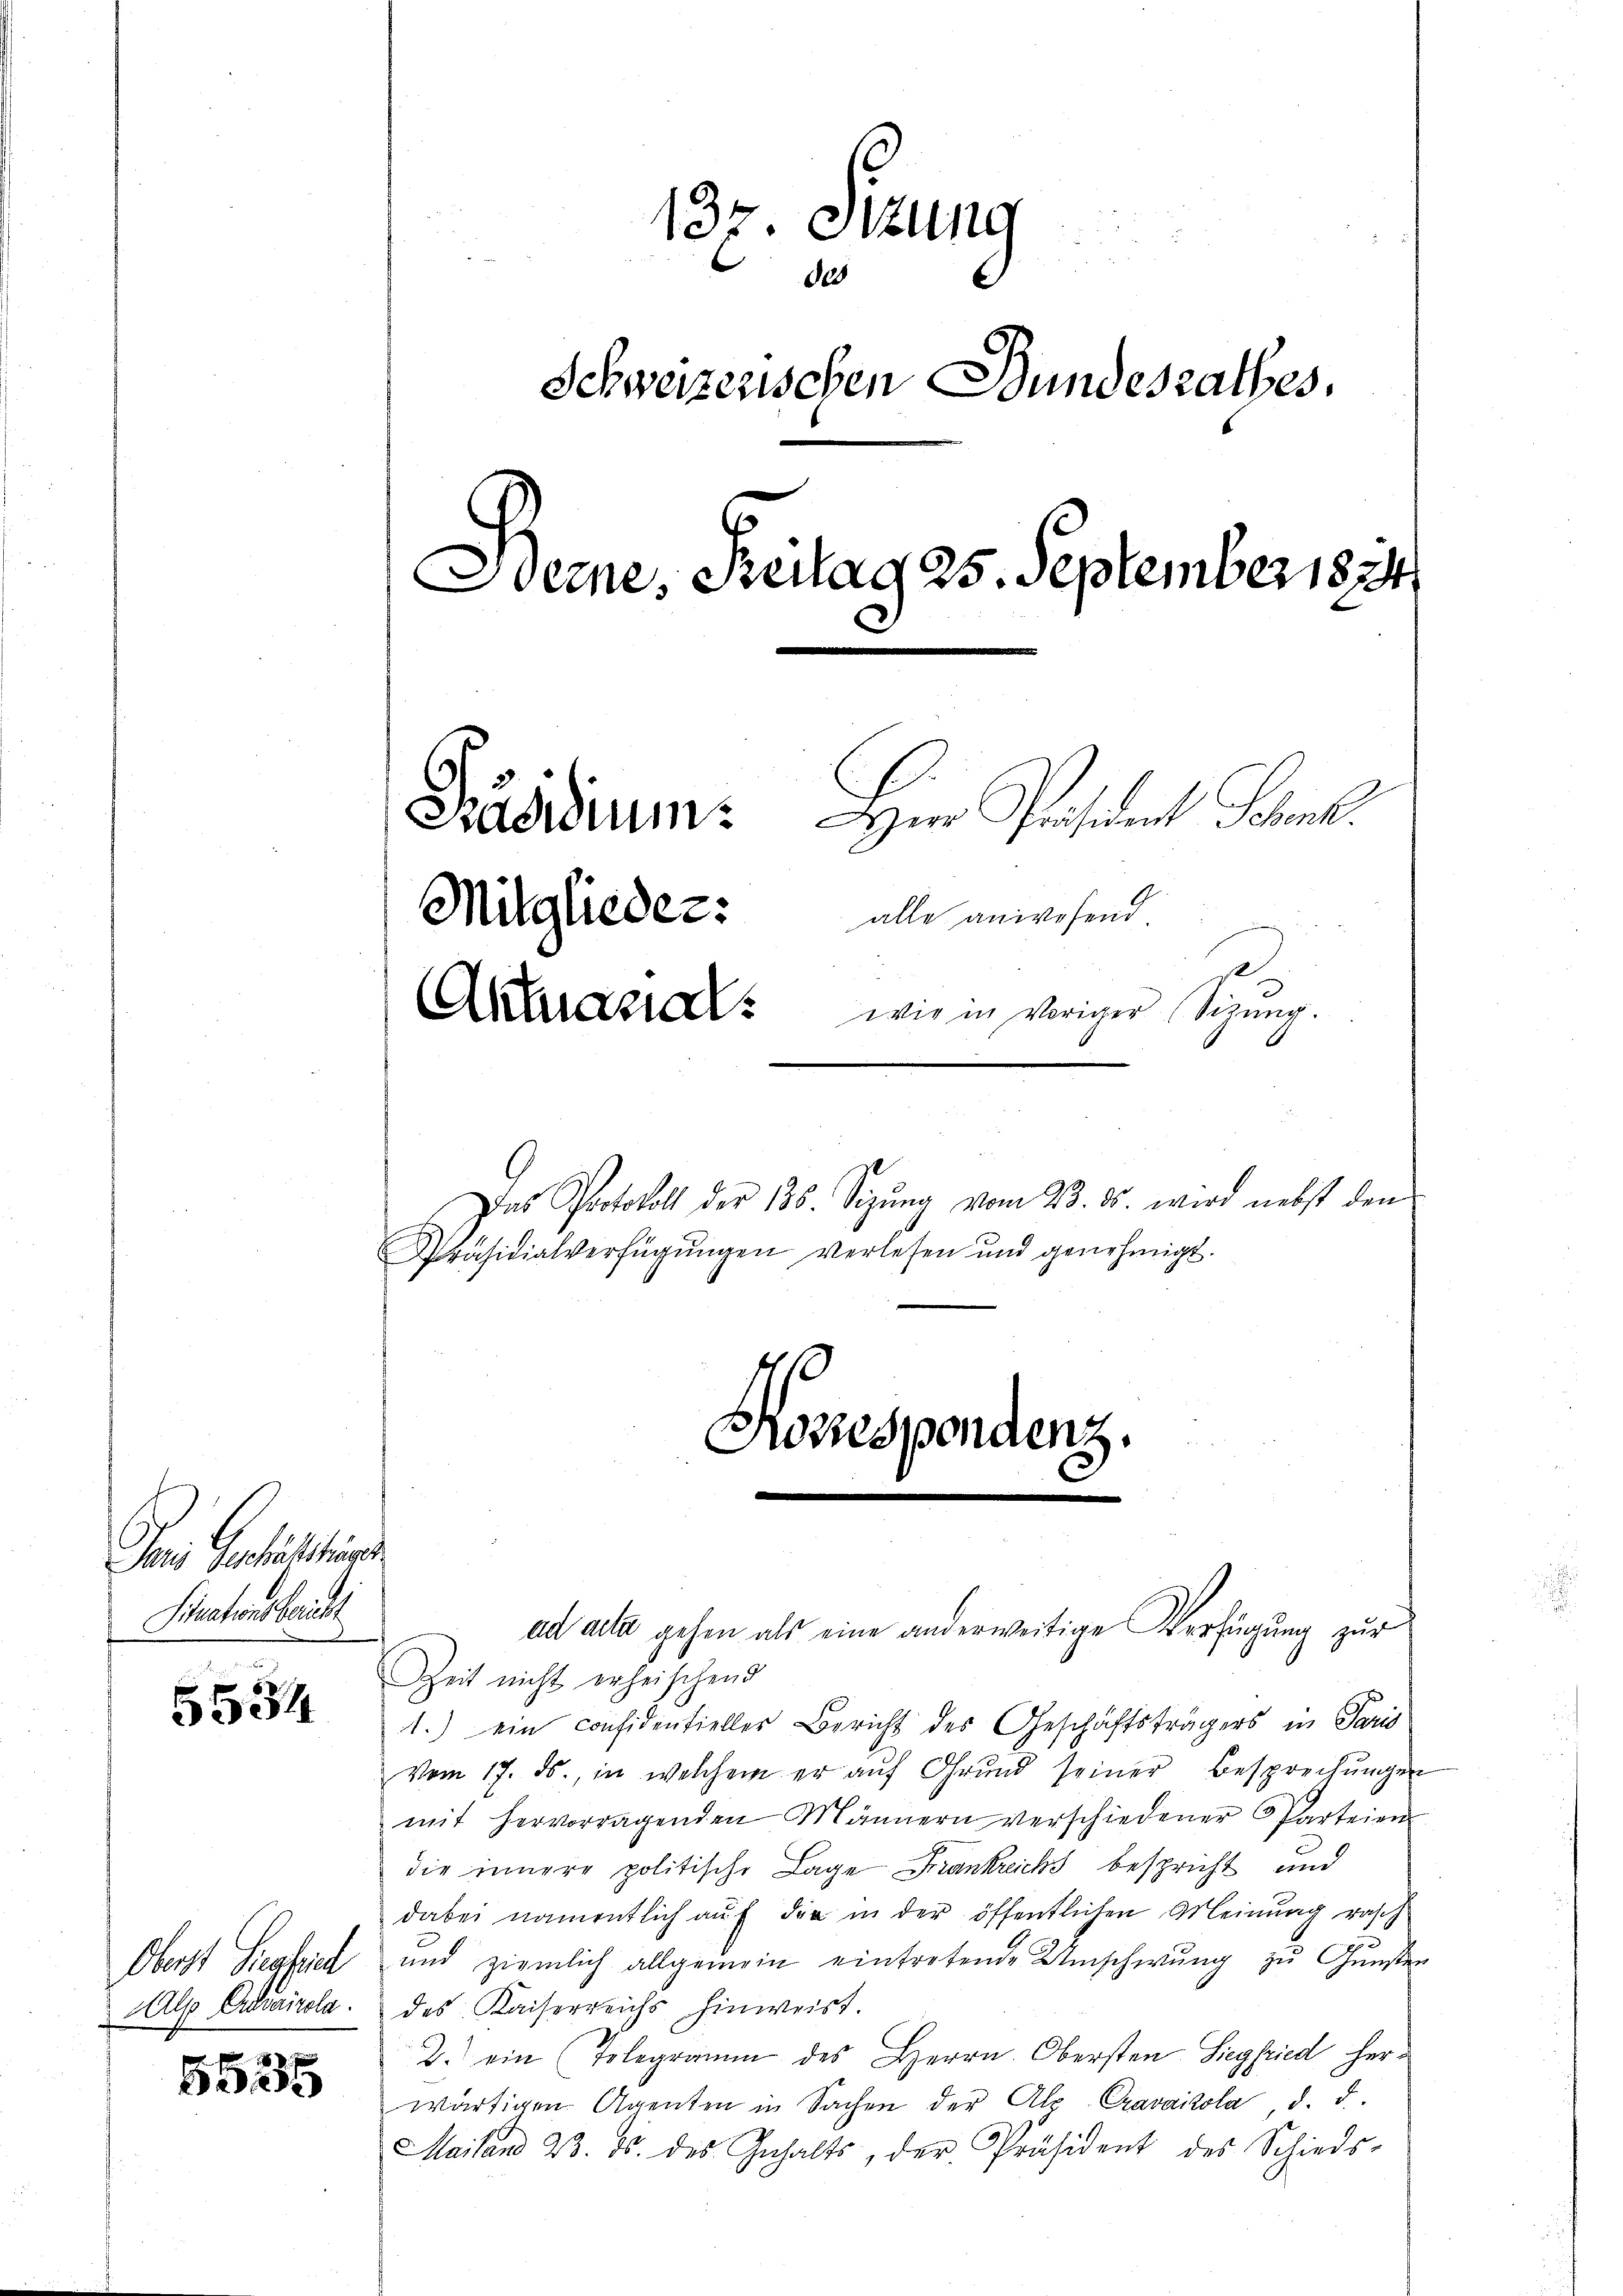
Semn Gestaltung
Pirationsbericht

5534

Oberst Siegfrich
Alp Addaizola.

555

137. Sizung
820
Schweizerischen Bundesrathes.
Bemne, Reitag 25. September 183
Herr Präsident Schen.
Präsidium.
Mitglieder:
alle anwesend
Akaragra wie in voriger Sigŭng.

Das Protokoll der 138. Sizung vom 23. ds. wird nebst den
Präsidialverfügŭngen verlesen und genehmigt.

ad acta gehen als eine anderweitige Verfügung zur
Zeit nicht erheischend
1.) ein considentielles Bericht des Geschäftsträgers in Paris
vom 17. ds., in welchem er aŭf Grund seiner Besprechŭngen
mit hervorragenden Männern verschiedener Parteien
die innere politische Lage Frankreichs bespricht und
dabei namentlich aŭf die in der öffentlichen Meinung rasch
und ziemlich allgemein eintretende Umschwung zu Gunster
des Kaiserreichs hinweist.
2. ein (Telegramm des Herrn. Obersten Siegfried herwärtigen Agenten in Sachen der Ale-Cravaikola d. d.
Mailand 23. ds. des Inhalts, der Präsident des Schieds-

Kosiespondenz.